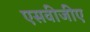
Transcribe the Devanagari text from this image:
एसवीजीए